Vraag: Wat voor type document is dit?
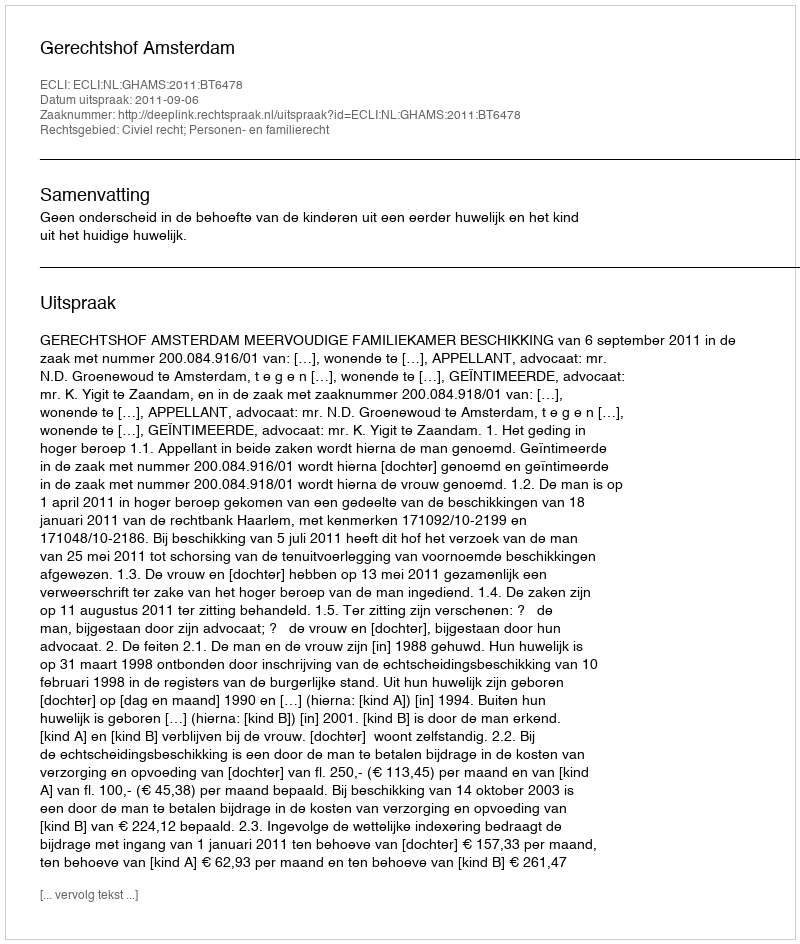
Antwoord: Uitspraak